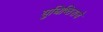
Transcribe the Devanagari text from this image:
युधिष्ठिराचे